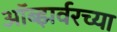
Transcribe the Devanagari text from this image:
ऑब्झर्वरच्या